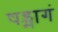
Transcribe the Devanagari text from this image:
षड्भागं